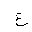
Letter: _gayn